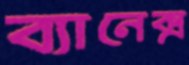
ব্যানেক্স